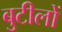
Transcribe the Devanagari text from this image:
बुटीलों